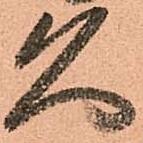
久